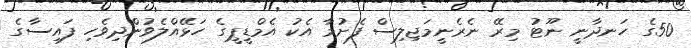
50ގެ ހަނދާނީ ނޫޓު މިރޭ ނެރެނީމަޖިލިސް ފެށުމާ އެކު އެމްޑީޕީގެ ހަޅޭއްލެވުންދިވެހި ފައިސާގެ